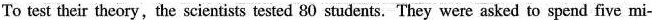
To test their theory, the scientists tested 80 students.They were asked to spend five mi-